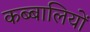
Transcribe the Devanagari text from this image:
कब्बालियों